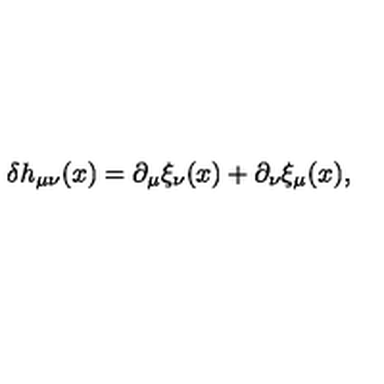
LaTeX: \delta h _ { \mu \nu } ( x ) = \partial _ { \mu } \xi _ { \nu } ( x ) + \partial _ { \nu } \xi _ { \mu } ( x ) ,